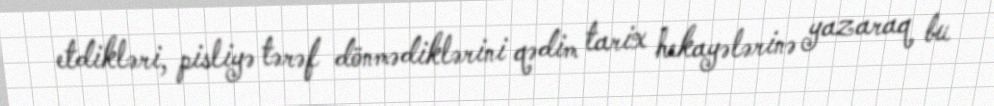
etdikləri, pisliyə tərəf dönmədiklərini qədim tarix hekayələrinə yazaraq bu